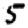
Digit: 5